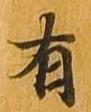
有